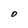
Character: O